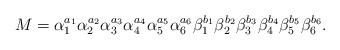
LaTeX: \begin{align*} M=\alpha_1^{a_1}\alpha_2^{a_2}\alpha_3^{a_3}\alpha_4^{a_4}\alpha_5^{a_5}\alpha_6^{a_6}\beta_1^{b_1}\beta_2^{b_2}\beta_3^{b_3}\beta_4^{b_4}\beta_5^{b_5}\beta_6^{b_6}. \end{align*}